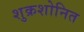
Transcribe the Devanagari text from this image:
शुक्रशोनित